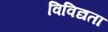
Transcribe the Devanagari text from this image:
विविद्यता